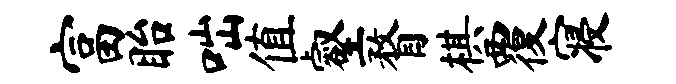
富眙咄值壑瞀棋覆寝